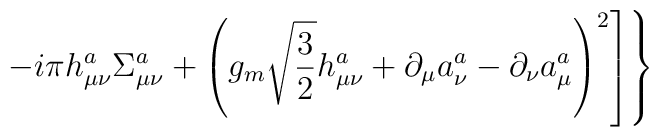
\left.\left.-i\pi h_{\mu\nu}^a\Sigma_{\mu\nu}^a+\left(g_m\sqrt{\frac32}h_{\mu\nu}^a+\partial_\mu a_\nu^a-\partial_\nu a_\mu^a\right)^2\right]\right\}